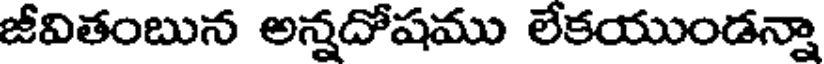
జీవితంబున అన్నదోషము లేకయుండన్నా